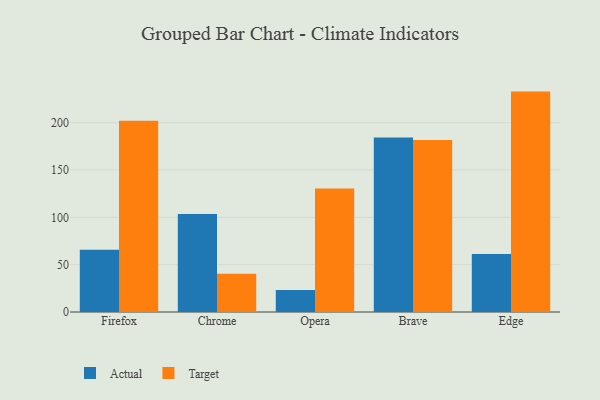
{"axis": {"x": "Browser", "y": "Population (Million)"}, "legend": ["Actual", "Target"], "data": [{"x": "Firefox", "y": 65.8, "type": "Actual"}, {"x": "Firefox", "y": 201.9, "type": "Target"}, {"x": "Chrome", "y": 103.5, "type": "Actual"}, {"x": "Chrome", "y": 40.5, "type": "Target"}, {"x": "Opera", "y": 23.3, "type": "Actual"}, {"x": "Opera", "y": 130.5, "type": "Target"}, {"x": "Brave", "y": 184.3, "type": "Actual"}, {"x": "Brave", "y": 181.6, "type": "Target"}, {"x": "Edge", "y": 61.2, "type": "Actual"}, {"x": "Edge", "y": 232.8, "type": "Target"}]}